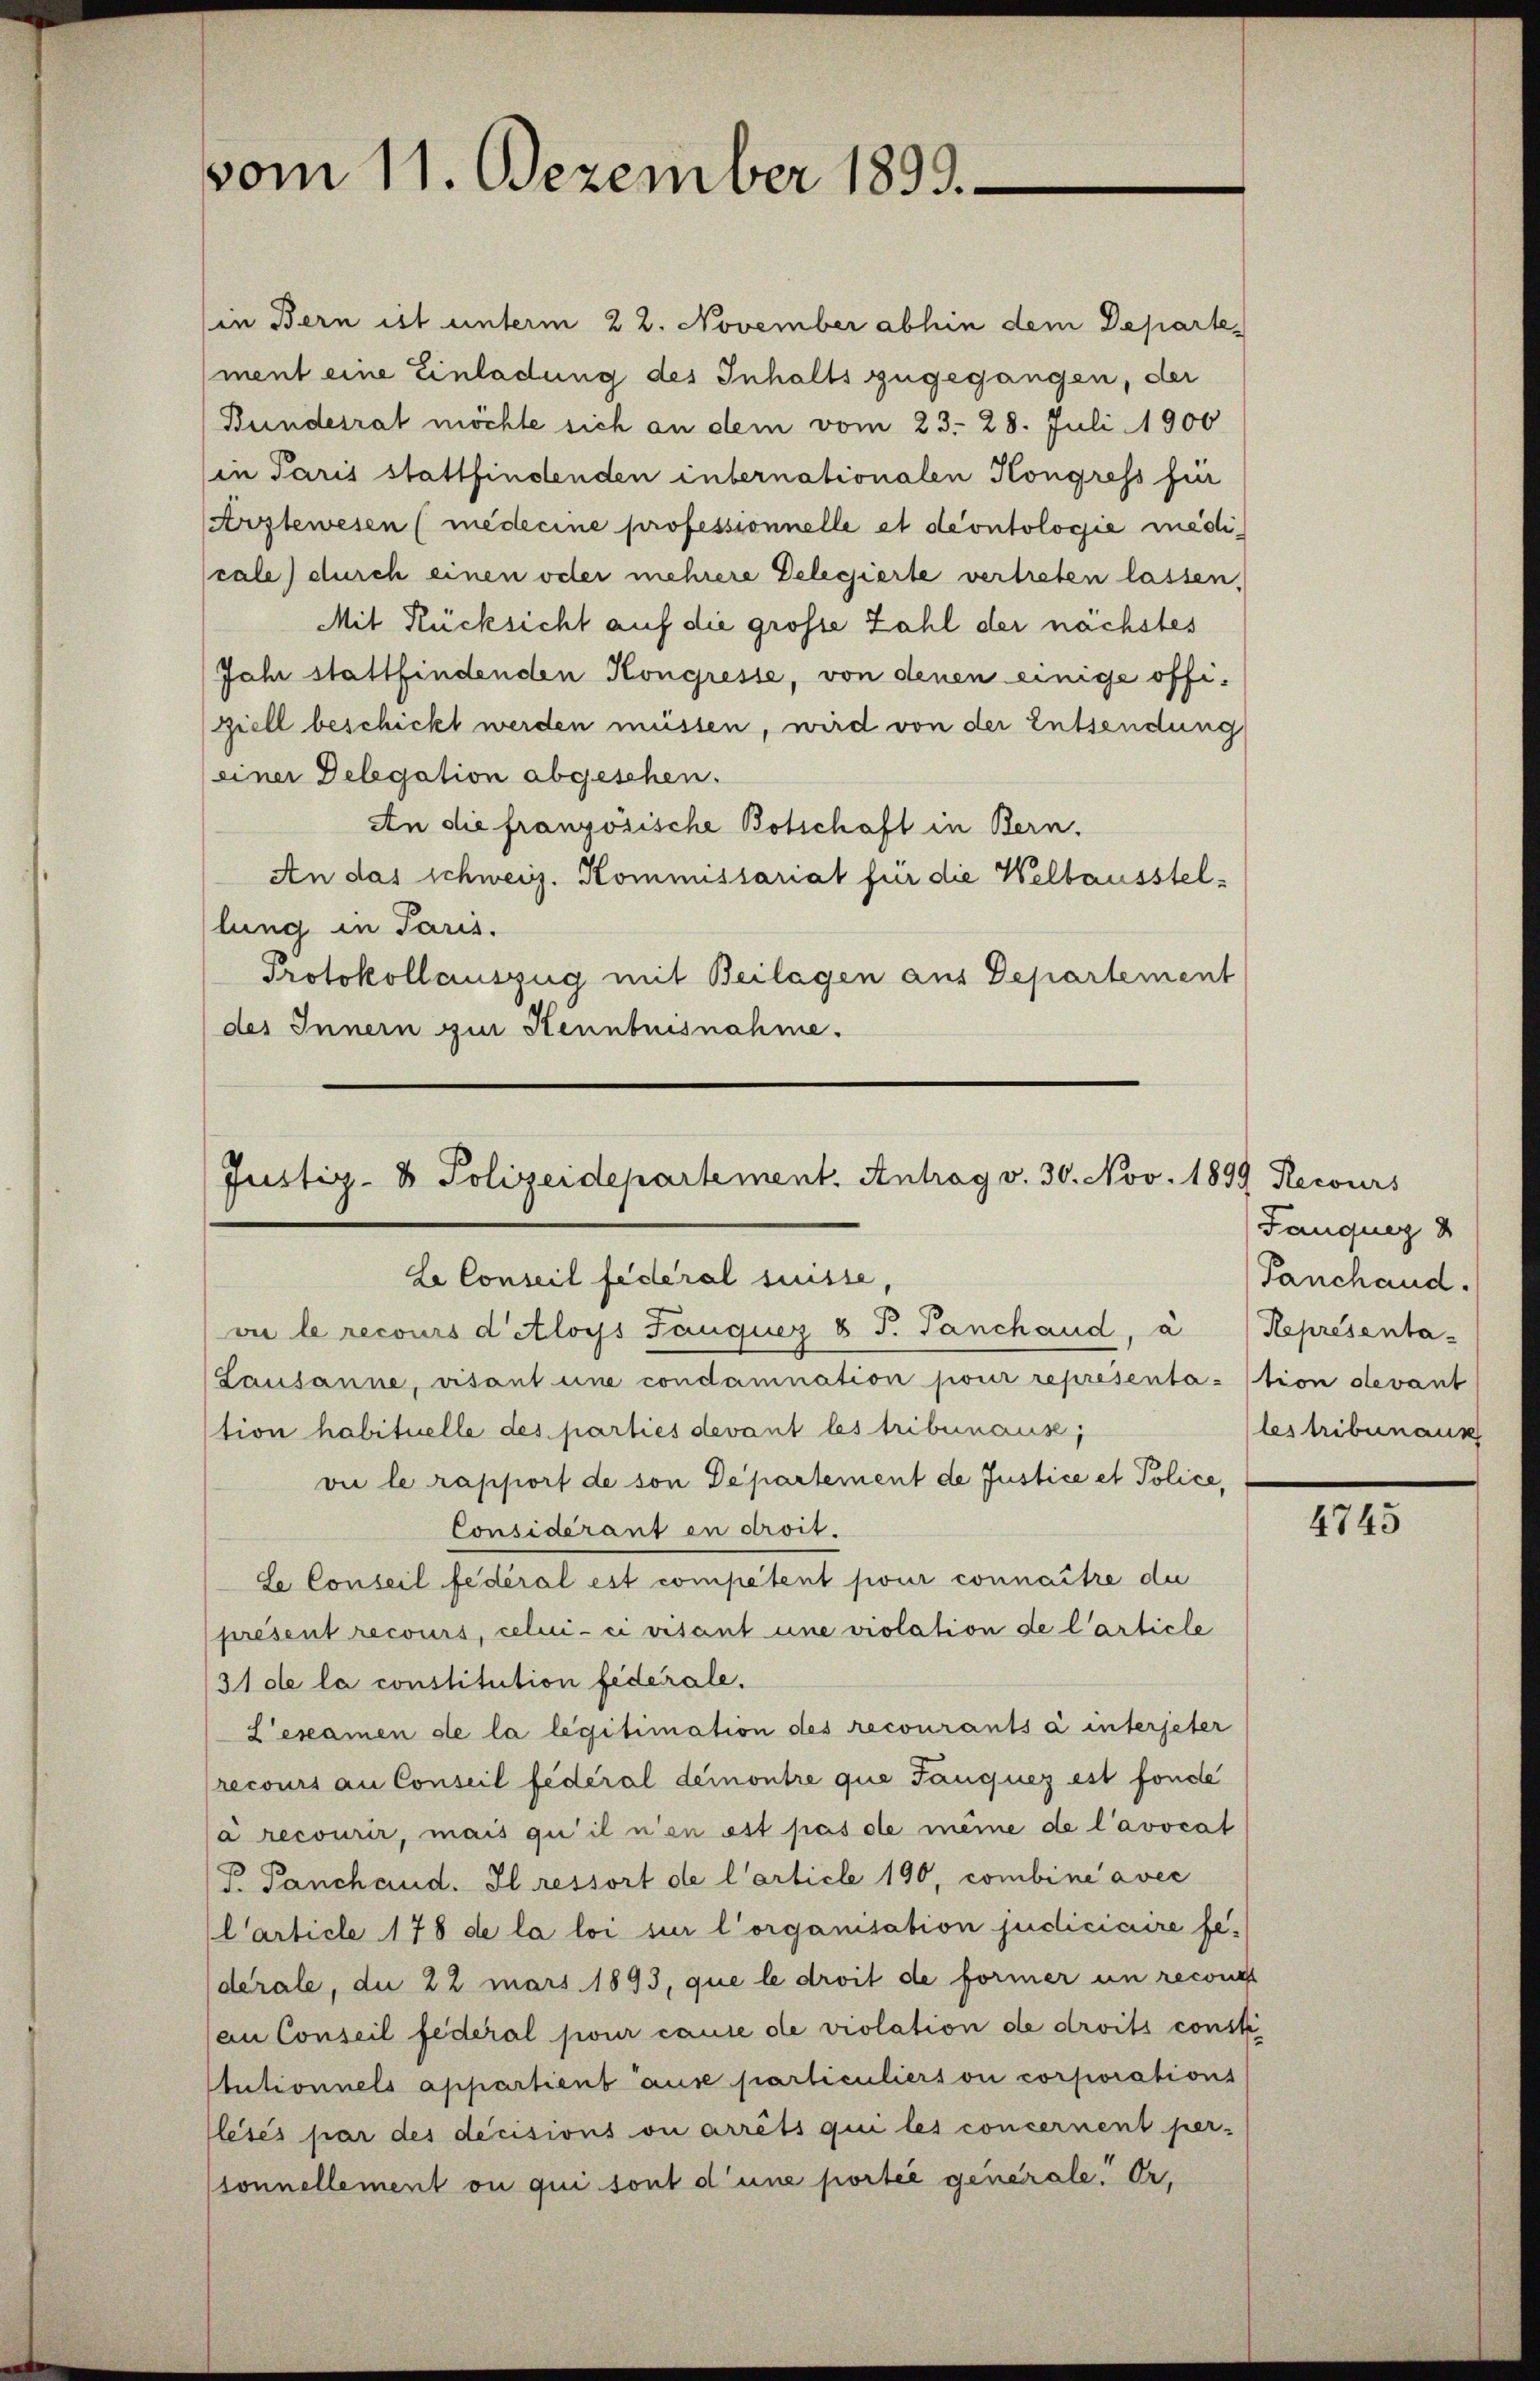
vom 11. Dezember 1893.

(in Bern ist unterm 22. November abhin dem Departement eine Einladung des Inhalts zugegangen, der
Bundesrat möchte sich an dem vom 23. 28. Juli 1900
in Paris stattfindenden internationalen Kongress für
Arztewesen (médecine professionnelle et dcontologie medicale) durch einen oder mehrere Delegierte vertreten lassen,
Mit Rücksicht auf die grosse Zahl der nächstes
Jahr stattfindenden Kongresse, von denen einige offiziell beschickt werden müssen, wird von der Entsendung
(einer Delegation abgesehen.
An die französische Botschaft in Bern.
An das schweiz. Kommissariat für die Weltausstellung in Paris.
Protokollauszug mit Beilagen aus Departement
des Innern zur Stennbuisnahme.

Justiz- & Polizeidepartement. Antrag v. 30. Nov. 1899 Recours
Le Conseil fédéral suisse,
vie le recours d’étloys Tanquer & J. Tanchaud, à / Representa-

(Lausanne, visant une condamnation pour représentation devant
tion habituelle des parties devant les tribunaus,
vie le rapport de son Departement de Justice et Police,
Considérant in droit.
Se Conseil fédéral est competent pour connaître die
présent recours, celui-ci ersant une violation de l’article
/31 de la constitution fiderale.
Leseamen de la legitimation des recourants à interjeter
recours au Conseil fédéral demontre que Tanquez est fonde
à recourir, mais qu’il n’en est pas de même de l’avocat
P Panchand. Il ressort de l’article 190, combine avec
Carticle 178 de la loi sur l’organisation judiciaire fe-
derale, die 22 mars 1893, que le droit de former un reconos
an Conseil federal pour cause de violation de droits const
tutionnels appartient aus particulierson corporations
lésés par des decisions ou arrêts qui les concernent per-
sonnellement ou qui sont d’une portie generale. Er.

Janquer
Panchand.
les tribunaus

4745